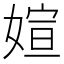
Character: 媗